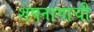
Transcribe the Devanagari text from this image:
शेषनागाची